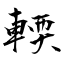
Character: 輭